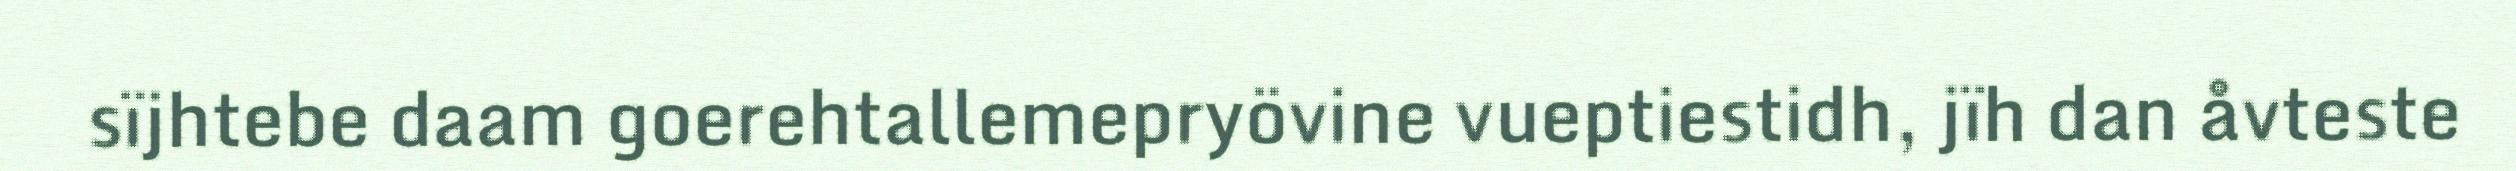
sïjhtebe daam goerehtallemepryövine vueptiestidh, jïh dan åvteste